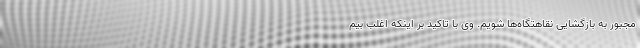
مجبور به بازگشایی نقاهتگاه‌ها شویم. وی با تاکید بر اینکه اغلب بیم